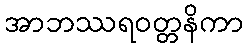
အာဘဿရဝတ္တနိကာ